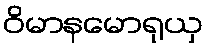
ဝိမာနမောရုယှ